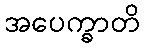
အပေက္ခာတိ